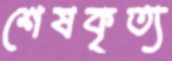
শেষকৃত্য